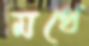
মথে